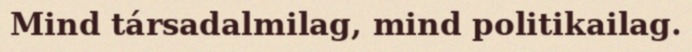
Mind társadalmilag, mind politikailag.